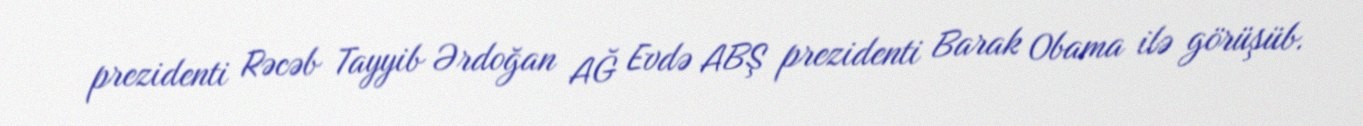
prezidenti Rəcəb Tayyib Ərdoğan AĞ Evdə ABŞ prezidenti Barak Obama ilə görüşüb.